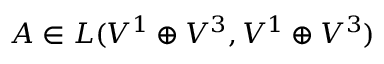
A \in L ( V ^ { 1 } \oplus V ^ { 3 } , V ^ { 1 } \oplus V ^ { 3 } )